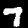
Digit: 7